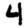
Digit: 4